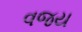
વજય